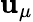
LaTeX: \mathbf{u}_{\mu}